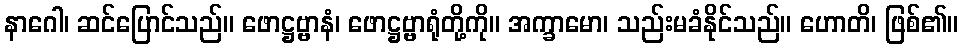
နာဂေါ၊ ဆင်ပြောင်သည်။ ဖောဋ္ဌဗ္ဗာနံ၊ ဖောဋ္ဌဗ္ဗာရုံတို့ကို။ အက္ခာမော၊ သည်းမခံနိုင်သည်။ ဟောတိ၊ ဖြစ်၏။